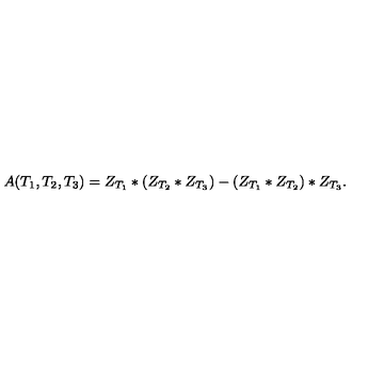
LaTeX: A ( T _ { 1 } , T _ { 2 } , T _ { 3 } ) = Z _ { T _ { 1 } } * ( Z _ { T _ { 2 } } * Z _ { T _ { 3 } } ) - ( Z _ { T _ { 1 } } * Z _ { T _ { 2 } } ) * Z _ { T _ { 3 } } .